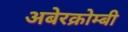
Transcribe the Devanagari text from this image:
अबेरक्रोम्बी